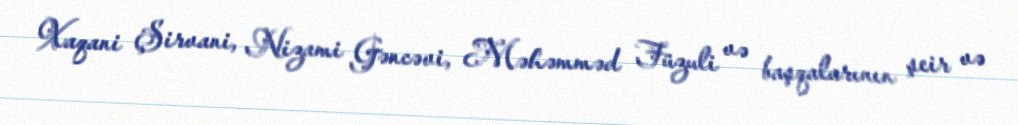
Xaqani Şirvani, Nizami Gəncəvi, Məhəmməd Füzuli və başqalarının şeir və